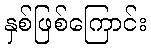
နှစ်ဖြစ်ကြောင်း